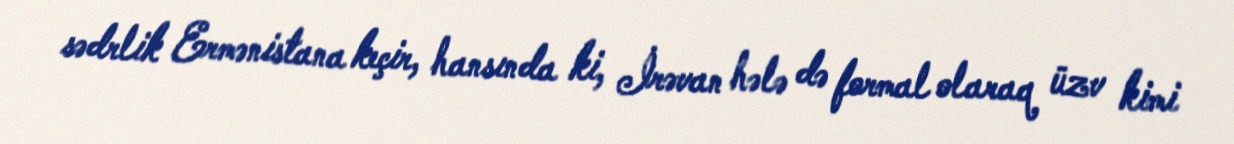
sədrlik Ermənistana keçir, hansında ki, İrəvan hələ də formal olaraq üzv kimi